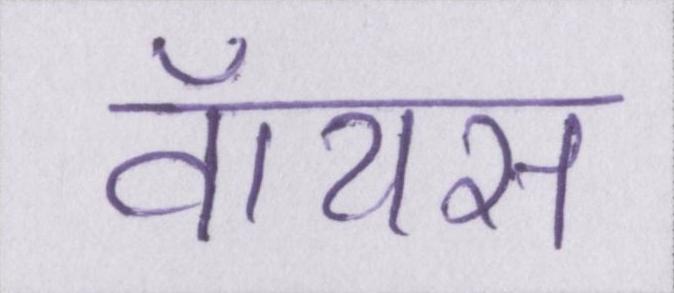
वॉयस